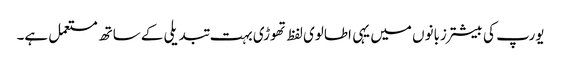
یورپ کی بیشتر زبانوں میں یہی اطالوی لفظ تھوڑی بہت تبدیلی کے ساتھ مستعمل ہے۔